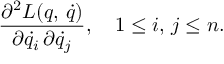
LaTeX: \frac { \partial ^ { 2 } L ( q , \, \dot { q } ) } { \partial \dot { q } _ { i } \, \partial \dot { q } _ { j } } , \quad 1 \leq i , \, j \leq n .